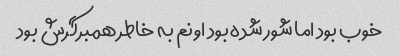
خوب بود اما شور شده بود اونم به خاطر همبرگرش بود